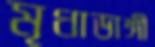
মৃধাডাঙ্গী